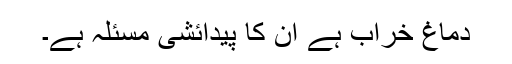
دماغ خراب ہے ان کا پیدائشی مسئلہ ہے۔